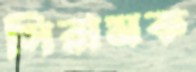
সিরামক